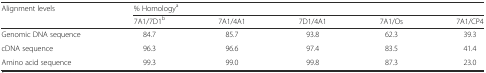
| <ROWSPAN=2> Alignment levels | <COLSPAN=5> % Homologya |
 | 7A1/7D1b | 7A1/4A1 | 7D1/4A1 | 7A1/Os | 7A1/CP4 |
 | --- | --- | --- | --- | --- | --- |
 | Genomic DNA sequence | 84.7 | 85.7 | 93.8 | 62.3 | 39.3 |
 | cDNA sequence | 96.3 | 96.6 | 97.4 | 83.5 | 41.4 |
 | Amino acid sequence | 99.3 | 99.0 | 99.8 | 87.3 | 23.0 |